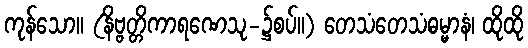
ကုန်သော။ (နိဗ္ဗတ္တိကာရဏေသု-၌စပ်။) တေသံတေသံဓမ္မာနံ၊ ထိုထို